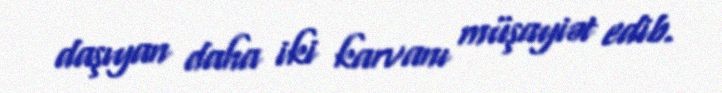
daşıyan daha iki karvanı müşayiət edib.